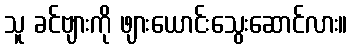
သူ ခင်ဗျားကို ဖျားယောင်းသွေးဆောင်လား။